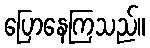
ပြောနေကြသည်။